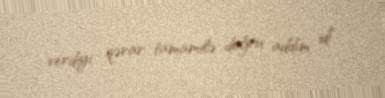
verdiyi qərar tamamilə doğru addım idi".